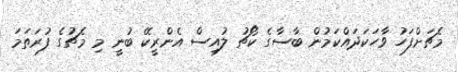
މެޗަށްފަހު ވާހަކަދައްކަމުން ބާސާގެ ކޯޗު ލުއިސް އެންރީކޭ ބުނީ މި މެޗުގެ ފުރަތަމަ